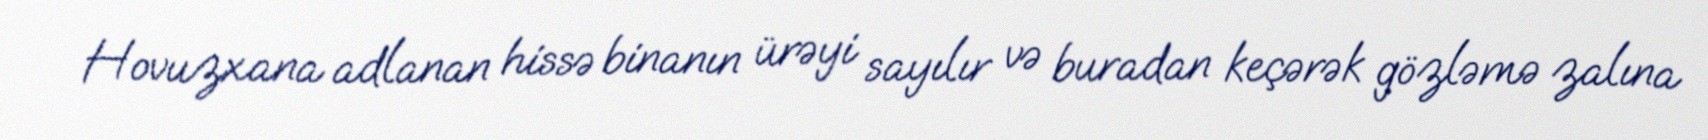
Hovuzxana adlanan hissə binanın ürəyi sayılır və buradan keçərək gözləmə zalına